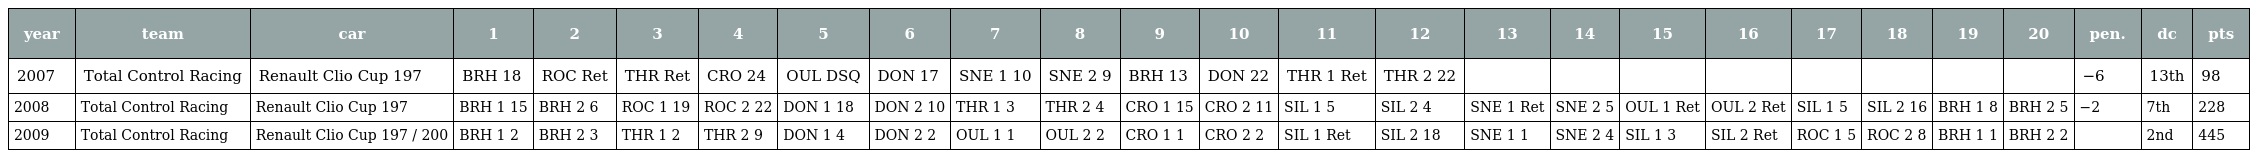
| year | team | car | 1 | 2 | 3 | 4 | 5 | 6 | 7 | 8 | 9 | 10 | 11 | 12 | 13 | 14 | 15 | 16 | 17 | 18 | 19 | 20 | pen. | dc | pts |
 | --- | --- | --- | --- | --- | --- | --- | --- | --- | --- | --- | --- | --- | --- | --- | --- | --- | --- | --- | --- | --- | --- | --- | --- | --- | --- |
 | 2007 | Total Control Racing | Renault Clio Cup 197 | BRH 18 | ROC Ret | THR Ret | CRO 24 | OUL DSQ | DON 17 | SNE 1 10 | SNE 2 9 | BRH 13 | DON 22 | THR 1 Ret | THR 2 22 |  |  |  |  |  |  |  |  | −6 | 13th | 98 |
 | 2008 | Total Control Racing | Renault Clio Cup 197 | BRH 1 15 | BRH 2 6 | ROC 1 19 | ROC 2 22 | DON 1 18 | DON 2 10 | THR 1 3 | THR 2 4 | CRO 1 15 | CRO 2 11 | SIL 1 5 | SIL 2 4 | SNE 1 Ret | SNE 2 5 | OUL 1 Ret | OUL 2 Ret | SIL 1 5 | SIL 2 16 | BRH 1 8 | BRH 2 5 | −2 | 7th | 228 |
 | 2009 | Total Control Racing | Renault Clio Cup 197 / 200 | BRH 1 2 | BRH 2 3 | THR 1 2 | THR 2 9 | DON 1 4 | DON 2 2 | OUL 1 1 | OUL 2 2 | CRO 1 1 | CRO 2 2 | SIL 1 Ret | SIL 2 18 | SNE 1 1 | SNE 2 4 | SIL 1 3 | SIL 2 Ret | ROC 1 5 | ROC 2 8 | BRH 1 1 | BRH 2 2 |  | 2nd | 445 |